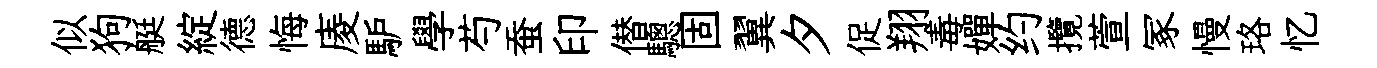
似狗艇綻德悔庱馿學芍蚕印僣驄固翼夕促翔毒嬋约攬萱冢慢珞忆